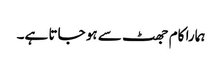
ہمارا کام جھٹ سے ہو جاتا ہے۔